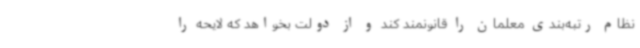
نظام رتبه‌بندی معلمان را قانونمند کند و از دولت بخواهد که لایحه را